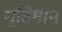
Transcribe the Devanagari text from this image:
मूर्त्तिमान